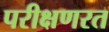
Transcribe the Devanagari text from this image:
परीक्षणरत